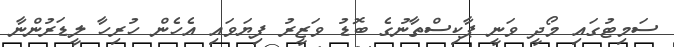
ސަމިޓުގައި މޯދީ ވަނީ ޕާކިސްތާނުގެ ބޮޑު ވަޒީރު ފިޔަވައި އެހެން ހުރިހާ ލީޑަރުންނާ